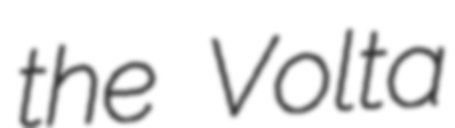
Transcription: the Volta